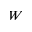
W